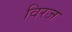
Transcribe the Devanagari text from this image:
विरज